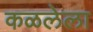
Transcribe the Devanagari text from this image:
कळलेला